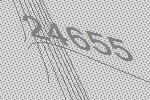
24655